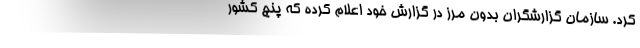
کرد. سازمان گزارشگران بدون مرز در گزارش خود اعلام کرده که پنج کشور